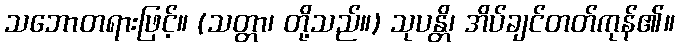
သဘောတရားဖြင့်။ (သတ္တာ၊ တို့သည်။) သုပန္တိ၊ အိပ်ချင်တတ်ကုန်၏။